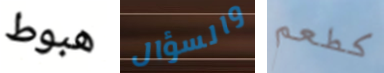
هبوط والسؤال كطعم